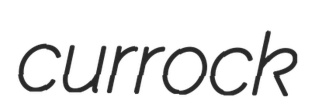
currock